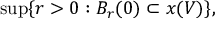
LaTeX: \operatorname* { s u p } \{ r > 0 : B _ { r } ( 0 ) \subset x ( V ) \} ,